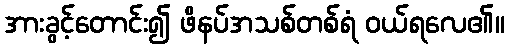
အားခွင့်တောင်း၍ ဖိနပ်အသစ်တစ်ရံ ဝယ်ရလေ၏။